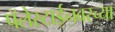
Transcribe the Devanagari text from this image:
पॅलेस्टाईनवरच्या